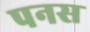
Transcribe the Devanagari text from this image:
पनस